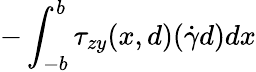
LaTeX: -\int_{-b}^{b}\tau_{zy}(x,d)(\dot{\gamma}d)dx